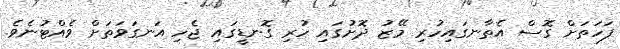
ފަހަތަށް ގޮސް އެތާނގައިހުރި މޭޒު ދޮށުގައި ހުރި ގޮނޑީގައި ޖެހި އަނގަވަތަށް ވެއްޓުނެވެ.